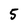
Character: 5